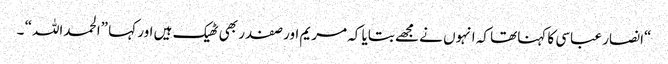
“انصار عباسی کا کہناتھا کہ انہوں نے مجھے بتایا کہ مریم اور صفدر بھی ٹھیک ہیں اور کہا ”الحمداللہ“ ۔